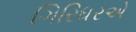
ગિરિધરએ